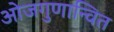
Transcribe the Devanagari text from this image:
ओजगुणान्वित